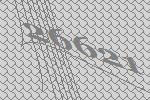
26621